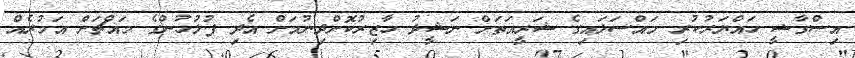
އިސްގާޟީ ހައްޔަރުކުރި މައްސަލައިގެ ޝަރީއަތަށް ނަޝީދު ހާޒިރުކޮށްދިނުމަށް އެދި ފުލުހުންގެ މައްޗަށް އަމުރެއް